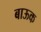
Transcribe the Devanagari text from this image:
बाऊक